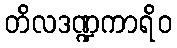
တိလဒဏ္ဍကာရိဝ